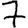
Digit: 7